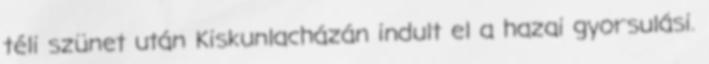
téli szünet után Kiskunlacházán indult el a hazai gyorsulási.